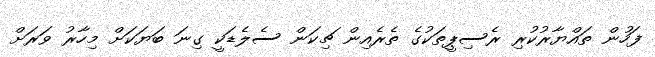
ފަހުން ތައްޔާރުކުރި ރެސިޕީތަކުގެ ތެރެއިން ޗިކަން ސެލެޑަކީ ގިނަ ބަޔަކަށް މިހާރު ވަރަށް